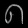
Digit: ၈